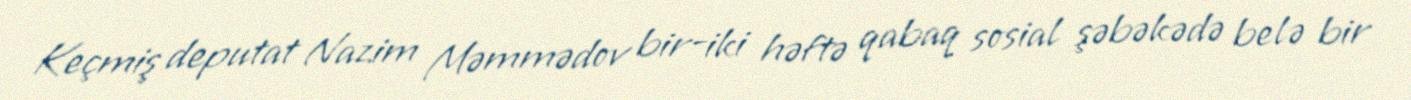
Keçmiş deputat Nazim Məmmədov bir-iki həftə qabaq sosial şəbəkədə belə bir